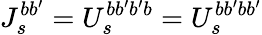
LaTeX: J_{s}^{bb^{\prime}}=U_{s}^{bb^{\prime}b^{\prime}b}=U_{s}^{bb^{\prime}bb^{\prime}}